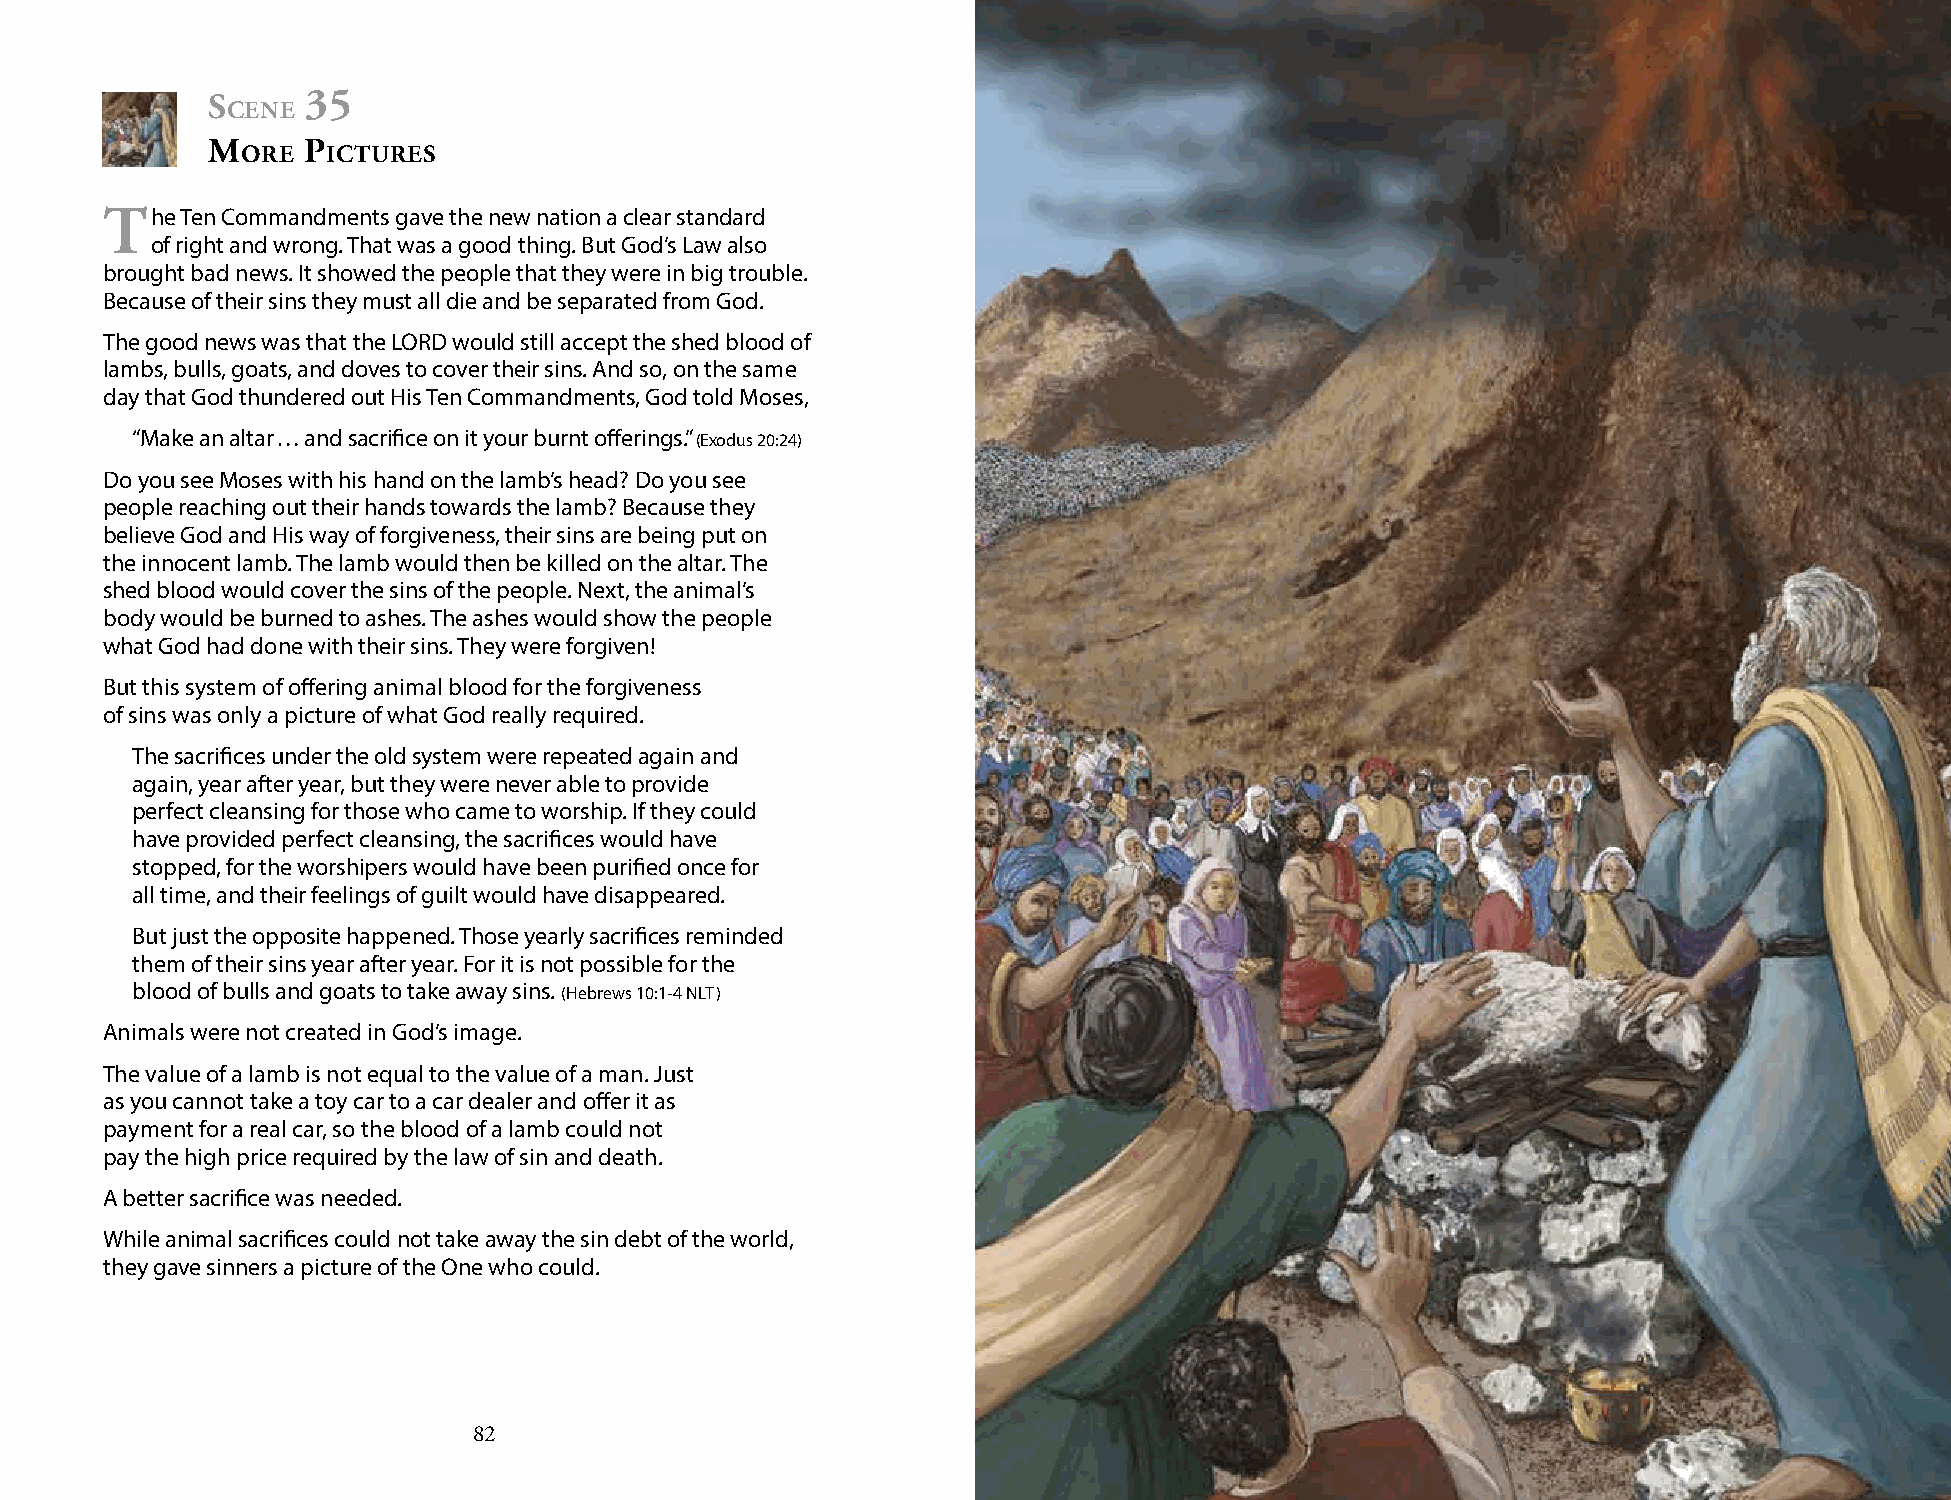
s     35
 cene
 m     P
 ore   ictures
 the  Ten Commandments gave the new nation a clear standard
 of right and wrong. That was a good thing. But God’s Law also
 brought bad news. It showed the people that they were in big trouble.
 Because of their sins they must all die and be separated from God.
 The good news was that the LORD would still accept the shed blood of
 lambs, bulls, goats, and doves to cover their sins. And so, on the same
 day that God thundered out His Ten Commandments, God told Moses,
 “Make an altar … and sacrifice on it your burnt offerings.” (Exodus 20:24)
 Do you see Moses with his hand on the lamb’s head? Do you see
 people reaching out their hands towards the lamb? Because they
 believe God and His way of forgiveness, their sins are being put on
 the innocent lamb. The lamb would then be killed on the altar. The
 shed blood would cover the sins of the people. Next, the animal’s
 body would be burned to ashes. The ashes would show the people
 what God had done with their sins. They were forgiven!
 But this system of offering animal blood for the forgiveness
 of sins was only a picture of what God really required.
 The sacrifices under the old system were repeated again and
 again, year after year, but they were never able to provide
 perfect cleansing for those who came to worship. If they could
 have provided perfect cleansing, the sacrifices would have
 stopped, for the worshipers would have been purified once for
 all time, and their feelings of guilt would have disappeared.
 But just the opposite happened. Those yearly sacrifices reminded
 them of their sins year after year. For it is not possible for the
 blood of bulls and goats to take away sins. (Hebrews 10:1-4 NLT)
 Animals were not created in God’s image.
 The value of a lamb is not equal to the value of a man. Just
 as you cannot take a toy car to a car dealer and offer it as
 payment for a real car, so the blood of a lamb could not
 pay the high price required by the law of sin and death.
 A better sacrifice was needed.
 While animal sacrifices could not take away the sin debt of the world,
 they gave sinners a picture of the One who could.
 82